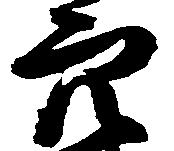
穴